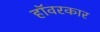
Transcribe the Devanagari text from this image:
हॉवरकार